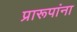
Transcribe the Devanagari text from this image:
प्रारूपांना